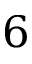
6